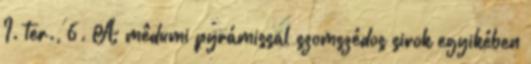
I. ter., 6. A mêdumi pyrámissal szomszédos sirok egyikében